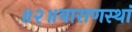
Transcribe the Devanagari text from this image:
॥२॥वाराणस्थां